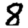
Digit: 8